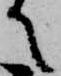
て